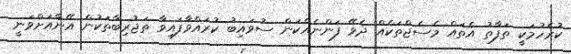
ކުރެހުމަކީ ތަފާތު އެތައް މެސެޖްތަކެއް ދެވޭ ފަންނެއްކަން ސުވައިބު ކުރައްވާފައިވާ ތަޖުރިބާތަކުން އޭނާއަށްވަނީ